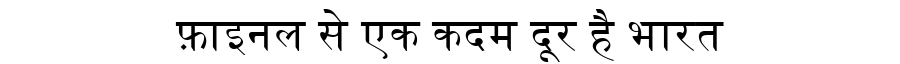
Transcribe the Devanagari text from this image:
फ़ाइनल से एक कदम दूर है भारत